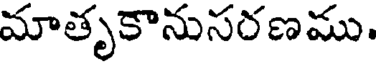
మాతృకానుసరణము.